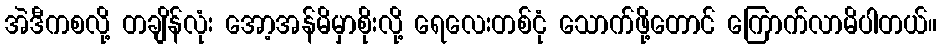
အဲဒီကစလို့ တချိန်လုံး အော့အန်မိမှာစိုးလို့ ရေလေးတစ်ငုံ သောက်ဖို့တောင် ကြောက်လာမိပါတယ်။